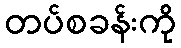
တပ်စခန်းကို